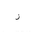
Letter: _zay